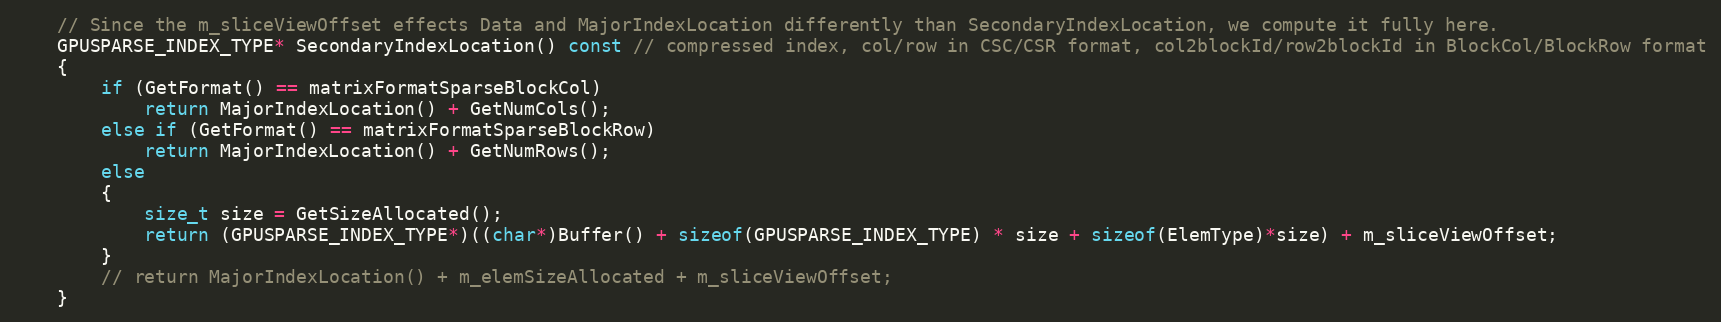
Language: C
    // Since the m_sliceViewOffset effects Data and MajorIndexLocation differently than SecondaryIndexLocation, we compute it fully here.
    GPUSPARSE_INDEX_TYPE* SecondaryIndexLocation() const // compressed index, col/row in CSC/CSR format, col2blockId/row2blockId in BlockCol/BlockRow format
    {
        if (GetFormat() == matrixFormatSparseBlockCol)
            return MajorIndexLocation() + GetNumCols();
        else if (GetFormat() == matrixFormatSparseBlockRow)
            return MajorIndexLocation() + GetNumRows();
        else
        {
            size_t size = GetSizeAllocated();
            return (GPUSPARSE_INDEX_TYPE*)((char*)Buffer() + sizeof(GPUSPARSE_INDEX_TYPE) * size + sizeof(ElemType)*size) + m_sliceViewOffset;
        }
        // return MajorIndexLocation() + m_elemSizeAllocated + m_sliceViewOffset;
    }